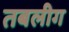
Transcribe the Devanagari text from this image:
तबलीग